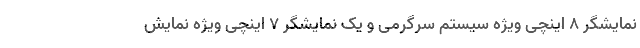
نمایشگر 8 اینچی ویژه سیستم سرگرمی و یک نمایشگر 7 اینچی ویژه نمایش